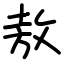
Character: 敖